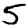
Digit: 5